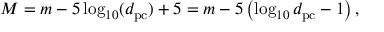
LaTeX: M = m - 5 \log _ { 1 0 } ( d _ { \mathrm { p c } } ) + 5 = m - 5 \left( \log _ { 1 0 } d _ { \mathrm { p c } } - 1 \right) ,